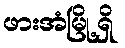
ဖားအံမြို့ရှိ